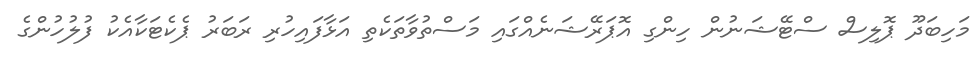
މަހިބަދޫ ޕޮލިސް ސްޓޭޝަނުން ހިންގި އޮޕަރޭޝަނެއްގައި މަސްތުވާތަކެތި އަޅާފައިހުރި ރަބަރު ޕެކެޓަކާއެކު ފުލުހުންގެ